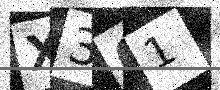
Text: X301